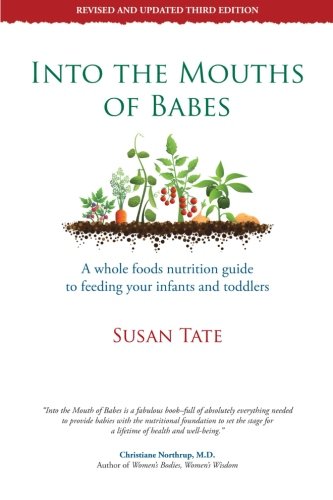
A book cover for Into the Mouths of Babes: A Whole Foods Nutrition Guide to Feeding your Infants and Toddlers; Susan Tate; Cookbooks, Food & Wine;